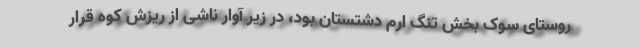
روستای سوک بخش تنگ ارم دشتستان بود، در زیر آوار ناشی از ریزش کوه قرار